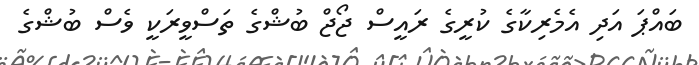
ބައްޕަ އަދި އެމެރިކާގެ ކުރީގެ ރައީސް ޖޯޖް ބުޝްގެ ތަސްވީރަކީ ވެސް ބުޝްގެ